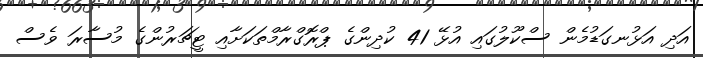
އަދި އަޅުނގަޑުމެން ސްކޫލުގައި އުޅޭ 41 ކުދިންގެ ޕްރޮގްރާމްތަކަށާއި ޓީޗަރުންގެ މުސާރަ ވެސް